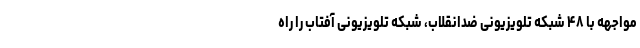
مواجهه با ۴۸ شبکه تلویزیونی ضدانقلاب، شبکه تلویزیونی آفتاب را راه